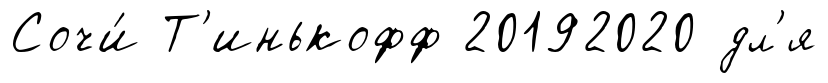
Сочи́ Т'инькофф 20192020 дл'я